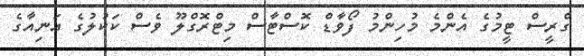
ގްރީސް ޓީމުގެ އެންމެ މުހިންމު ފޯވާޑް ކޮސްޓާސް މިޓްރޮގްލޫ ވެސް ކަކުލުގެ އަނިއާގެ